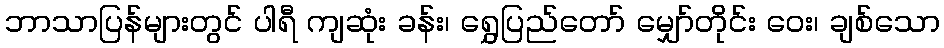
ဘာသာပြန်များတွင် ပါရီ ကျဆုံး ခန်း၊ ရွှေပြည်တော် မျှော်တိုင်း ဝေး၊ ချစ်သော